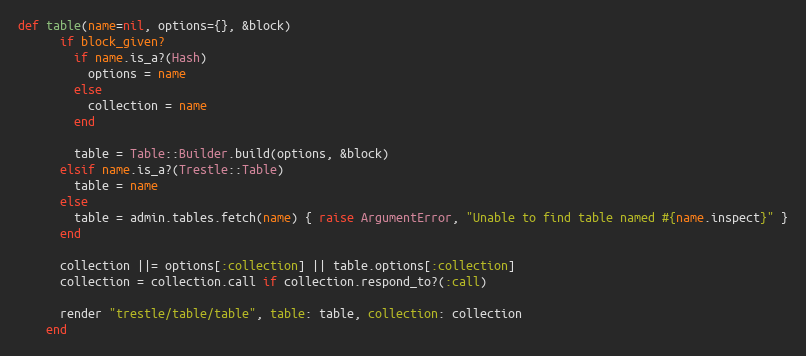
Language: Ruby
def table(name=nil, options={}, &block)
      if block_given?
        if name.is_a?(Hash)
          options = name
        else
          collection = name
        end

        table = Table::Builder.build(options, &block)
      elsif name.is_a?(Trestle::Table)
        table = name
      else
        table = admin.tables.fetch(name) { raise ArgumentError, "Unable to find table named #{name.inspect}" }
      end

      collection ||= options[:collection] || table.options[:collection]
      collection = collection.call if collection.respond_to?(:call)

      render "trestle/table/table", table: table, collection: collection
    end